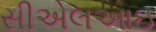
સીએલઆઇ